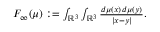
\begin{array} { r } { F _ { \infty } ( \mu ) : = \int _ { \mathbb { R } ^ { 3 } } \int _ { \mathbb { R } ^ { 3 } } { \frac { d \mu ( x ) \, d \mu ( y ) } { | x - y | } } . } \end{array}